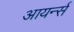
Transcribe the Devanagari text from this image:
आयर्न्स